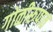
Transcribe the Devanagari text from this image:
गोळीरूपात